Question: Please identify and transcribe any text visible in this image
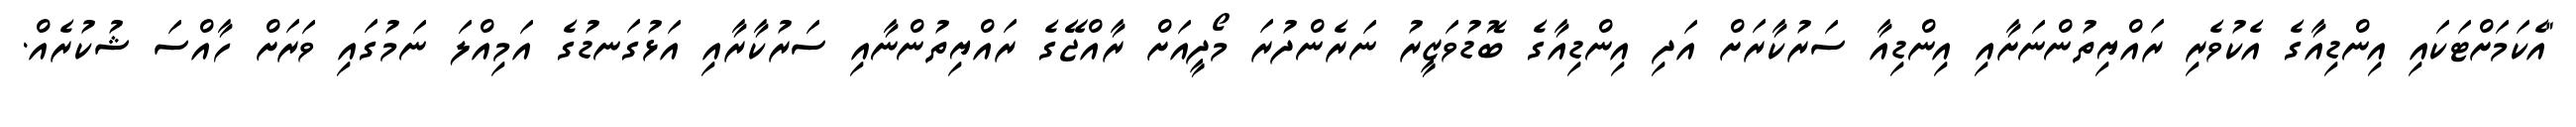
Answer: "އެކަމަށްޓަކައި އިންޑިއާގެ އެކުވެރި ރައްޔިތުންނަށާއި އިންޑިއާ ސަރުކާރަށް އަދި އިންޑިއާގެ ބޮޑުވަޒީރު ނަރެންދުރަ މޯދީއަށް ރާއްޖޭގެ ރައްޔިތުންނާއި ސަރުކާރާއި އަޅުގަނޑުގެ އަމިއްލަ ނަމުގައި ވަރަށް ހާއްސަ ޝުކުރެއް.